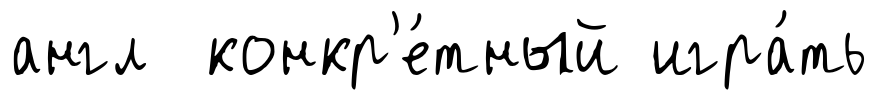
англ конкр'е́тный игра́ть